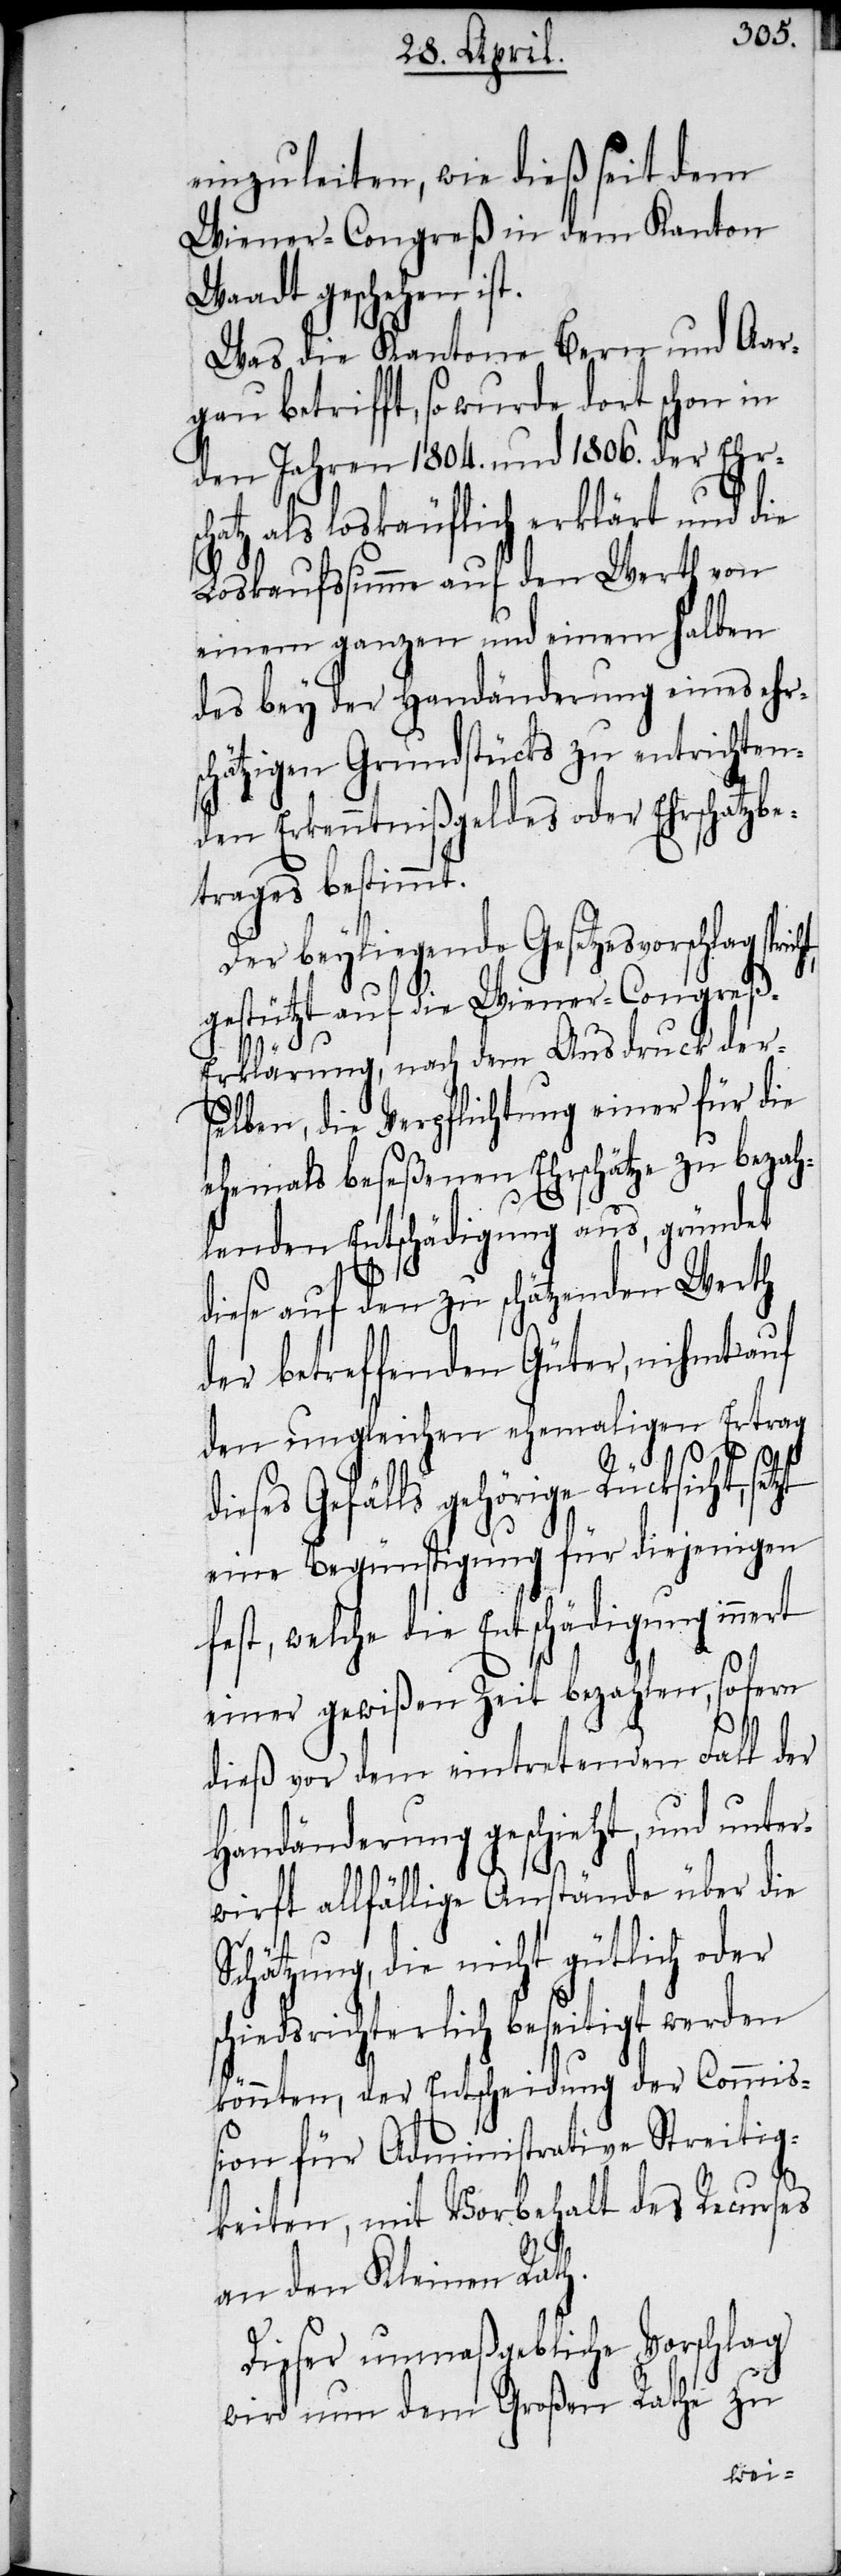
anzuleiten, wie dieß seit dem
Wiener-Congreß in dem Kanton
Waadt geschehen ist.
Was die Kantone Bern und Aar¬
gau betrifft, so wurde dort schon in
den Jahren 1804. und 1806. der Ehrsc¬
hatz als loskäuflich erklärt und die
Loskaufssumme auf den Werth von
einem ganzen und einem halben
des bey der Handänderung eines ehrs¬
chätzigen Grundstücks zu entrichten¬
den Erkenntnißgeldes oder Ehrschatzbe¬
trages bestimmt.
Der beyliegende Gesetzesvorschlag
gestützt auf die Wiener-Congreß-E¬
rt
rklärung, nach dem Ausdruck der¬
selben, die Verpflichtung einer für die
ehemals beseßenen Ehrschätze zu bezah¬
lenden Entschädigung aus, gründet
diese auf den zu schätzenden Werth
der betreffenden Güter, nihmt auf
den ungleichen ehemaligen Ertrag
ieses Gefälls gehörige Rücksicht,
eine Begünstigung für diejenigen
fest, welche die Entschädigung inne¬
einer gewißen Zeit bezahlen, sofern
dieß vor dem eintretenden Fall der
Handänderung geschieht, und unter¬
wirft allfällige Anstände über die
Schätzung, die nicht gütlich oder
schiedsrichterlich beseitigt werden
könnten, der Entscheidung der Commiß¬
ion für Administrative Streitig¬
keiten, mit Vorbehalt des Recurses
an den Kleine Rath.
Dieser unmaßgebliche Vorschlag
wird nun dem Großen Rathe zu